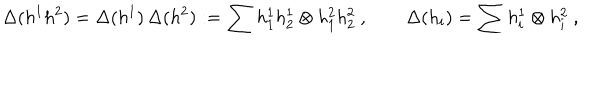
\Delta ( h ^ { 1 } h ^ { 2 } ) = \Delta ( h ^ { 1 } ) \, \Delta ( h ^ { 2 } ) : = \sum h _ { 1 } ^ { 1 } h _ { 2 } ^ { 1 } \otimes h _ { 1 } ^ { 2 } h _ { 2 } ^ { 2 } ~ , \qquad \Delta ( h _ { i } ) = \sum h _ { i } ^ { 1 } \otimes h _ { i } ^ { 2 } ~ ,